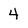
Character: 4